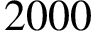
2 0 0 0